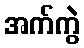
အက်ကွဲ